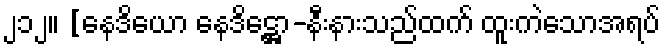
၂၁၂။ [နေဒိယော နေဒိဋ္ဌော-နီးနားသည်ထက် ထူးကဲသောအရပ်